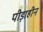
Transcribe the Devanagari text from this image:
पीड़ाहीन